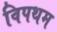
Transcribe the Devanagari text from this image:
विपथम